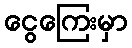
ငွေကြေးမှာ